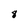
Character: 8